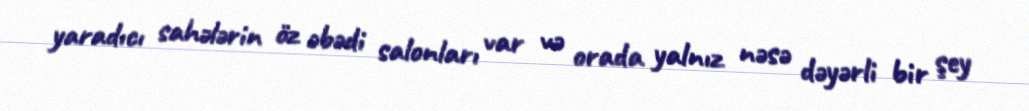
yaradıcı sahələrin öz əbədi salonları var və orada yalnız nəsə dəyərli bir şey